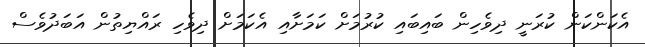
އެކަންކަން ކުރަނީ ދިވެހިން ބައިބައި ކުރުމަށް ކަމަށާއިި އެކަމަށް ދިވެހި ރައްޔިތުން އަބަދުވެސް